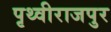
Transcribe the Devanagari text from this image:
पृथ्वीराजपुर